Report on malaria in the Punjab during the year ...  together with an account of the work of the Punjab Malaria Bureau - Volume 6
Disease focus: Malaria
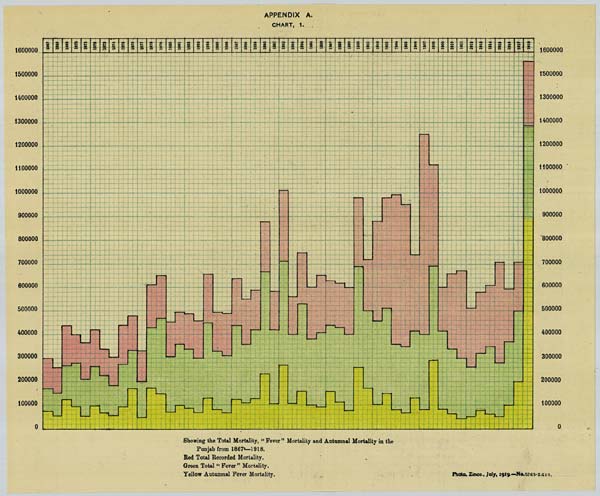
APPENDIX A.
CHART, 1.
Showing the Total Mortality, "Fever" Mortality and Autumnal Mortality in the
Punjab from 1867—1918.
Red Total Recorded Mortality.
Green Total "Fever" Mortality.
Yellow Autumnal Fever Mortality.
Photo. Zinco., July, 1919.-No.5265-2.359.